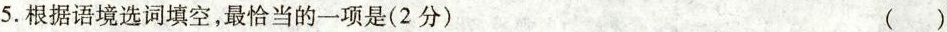
5.根据语境选词填空，最恰当的一项是(2分) ()